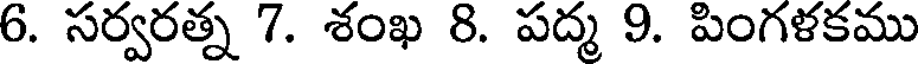
6. సర్వరత్న 7. శంఖ 8. పద్మ 9. పింగళకము